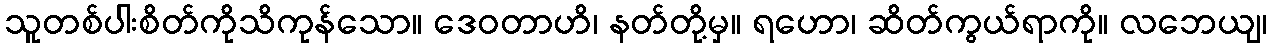
သူတစ်ပါးစိတ်ကိုသိကုန်သော။ ဒေဝတာဟိ၊ နတ်တို့မှ။ ရဟော၊ ဆိတ်ကွယ်ရာကို။ လဘေယျ၊